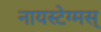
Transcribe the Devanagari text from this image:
नायस्‍टेग्‍मस्